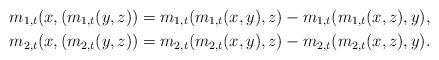
LaTeX: \begin{align*}&m_{1,t}(x, (m_{1,t}(y, z)) = m_{1,t}(m_{1,t}(x, y),z)- m_{1,t}(m_{1,t}(x, z),y),\\&m_{2,t}(x, (m_{2,t}(y, z)) = m_{2,t}(m_{2,t}(x, y),z)- m_{2,t}(m_{2,t}(x, z),y).\end{align*}